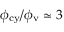
\phi _ { \mathrm { c y } } / \phi _ { \mathrm { v } } \simeq 3